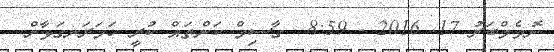
ނޮވެމްބަރު 17